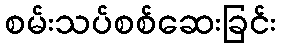
စမ်းသပ်စစ်ဆေးခြင်း